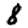
Digit: 8